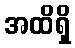
အထိရှိ